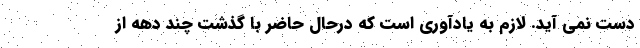
دست نمی آید. لازم به یادآوری است که درحال حاضر با گذشت چند دهه از